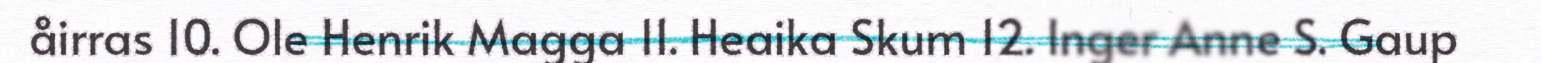
åirras 10. Ole Henrik Magga 11. Heaika Skum 12. Inger Anne S. Gaup